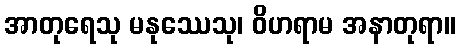
အာတုရေသု မနုဿေသု၊ ဝိဟရာမ အနာတုရာ။